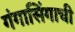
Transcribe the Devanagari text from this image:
गंगासिंगाची